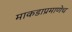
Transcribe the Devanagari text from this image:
माकडाप्रमाणेच